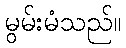
မွမ်းမံသည်။